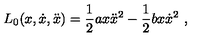
L _ { 0 } ( x , \dot { x } , \ddot { x } ) = \frac { 1 } { 2 } a x \ddot { x } ^ { 2 } - \frac { 1 } { 2 } b x \dot { x } ^ { 2 } \ ,